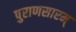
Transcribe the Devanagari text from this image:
पुराणसारम्